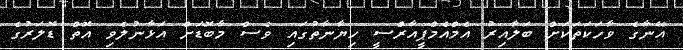
އޭނާގެ ވާހަކަތަކަށް ބަލާއިރު އެމްއެމްޕީއާރްސީ ހިޔާނާތުގައި ވެސް މާބޮޑަށް އަޅާނުލެވި އޮތް ޑޮލަރުގެ